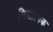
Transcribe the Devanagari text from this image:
निश्चात्मक